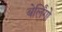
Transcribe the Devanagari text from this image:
बेर्लिंगो